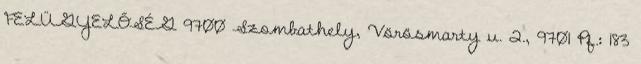
FELÜGYELŐSÉG 9700 Szombathely, Vörösmarty u. 2., 9701 Pf.: 183